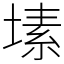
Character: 塐